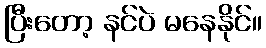
ပြီးတော့ နင်ပဲ မနေနိုင်။